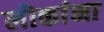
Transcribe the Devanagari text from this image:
लॊकांना